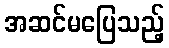
အဆင်မပြေသည့်